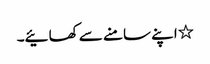
٭اپنے سامنے سے کھائیے۔